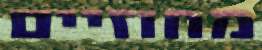
מחוזיים